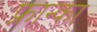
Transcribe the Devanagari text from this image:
फ्रान्का